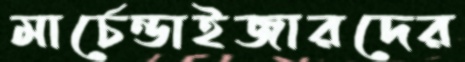
মার্চেন্ডাইজারদের